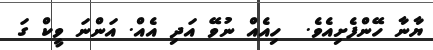
ޔާނާ ހޭންފެށިއެވެ.  ހިއެއް ނުވޭ އަދި އެއް. އަންނަ ވީކް ގަ